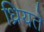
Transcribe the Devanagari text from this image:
ध्रियते